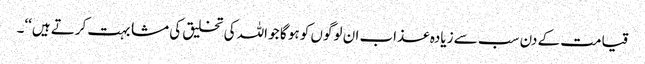
قیامت کے دن سب سے زیادہ عذاب ان لوگوں کو ہو گا جو اللہ کی تخلیق کی مشابہت کرتے ہیں‘‘۔